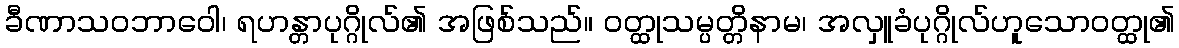
ခီဏာသဝဘာဝေါ၊ ရဟန္တာပုဂ္ဂိုလ်၏ အဖြစ်သည်။ ဝတ္ထုသမ္ပတ္တိနာမ၊ အလှူခံပုဂ္ဂိုလ်ဟူသောဝတ္ထု၏